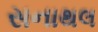
સનાથલ